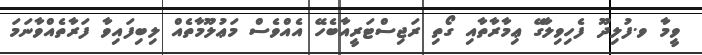
ވީމާ ވ.ފުލިދޫ ފެހިވިލާގޭ ޢިމާރާތާއި ގޯތި ރަޖިސްޓަރީއާބެހޭ އެއްވެސް މަޢުލޫމާތެއް ލިބިފައިވާ ފަރާތެއްވާނަމަ